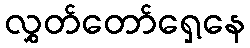
လွှတ်တော်ရှေ့နေ